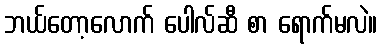
ဘယ်တော့လောက် ပေါလ်ဆီ စာ ရောက်မလဲ။